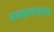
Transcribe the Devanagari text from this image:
पदभ्रमणास